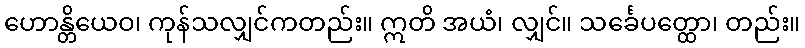
ဟောန္တိယေဝ၊ ကုန်သလျှင်ကတည်း။ ဣတိ အယံ၊ လျှင်။ သင်္ခေပတ္ထော၊ တည်း။